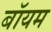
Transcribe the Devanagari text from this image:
बॉयम